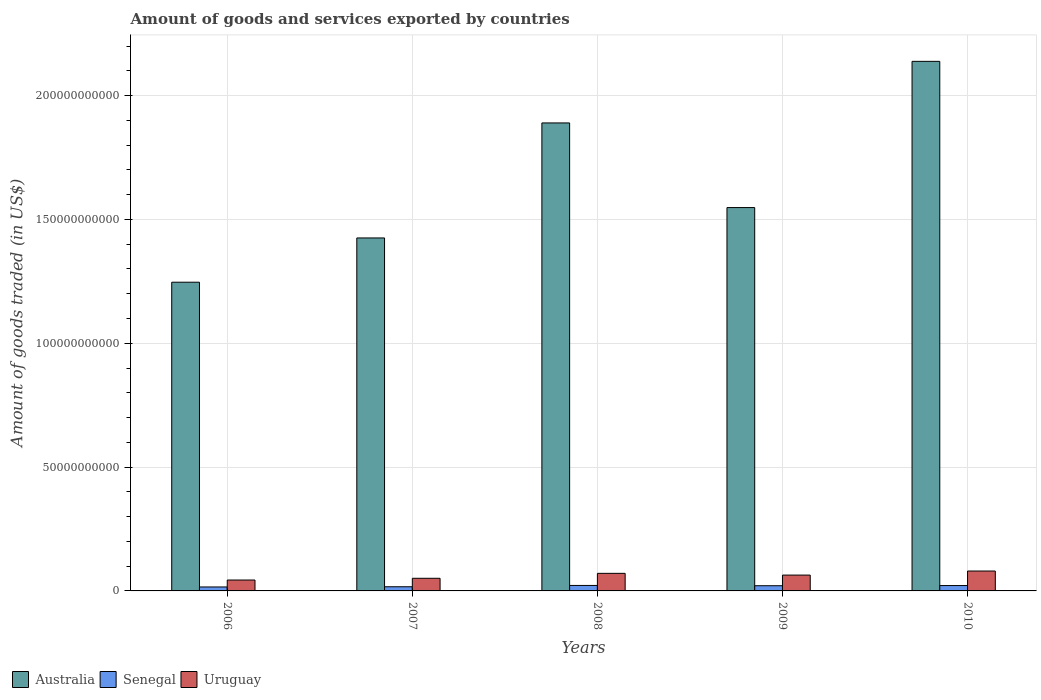
| Years | Australia | Senegal | Uruguay |
 | --- | --- | --- | --- |
 | 2006 | 1.25e+11 | 1.6e+09 | 4.4e+09 |
 | 2007 | 1.43e+11 | 1.68e+09 | 5.1e+09 |
 | 2008 | 1.89e+11 | 2.21e+09 | 7.1e+09 |
 | 2009 | 1.55e+11 | 2.1e+09 | 6.39e+09 |
 | 2010 | 2.14e+11 | 2.16e+09 | 8.03e+09 |